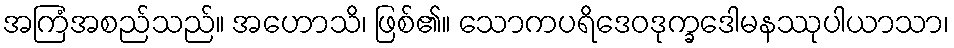
အကြံအစည်သည်။ အဟောသိ၊ ဖြစ်၏။ သောကပရိဒေဝဒုက္ခဒေါမနဿုပါယာသာ၊